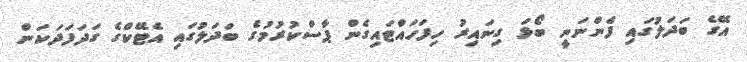
އޭގެ ބަދަލުގައި ފެންނަނީ ބޯޅަ ގިނައިރު ހިފަހައްޓައިގެން ޕާސްކުރުމުގެ ބަދަލުގައި އެޓޭކްގެ ގަދަފަދަކަން